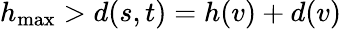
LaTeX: h_{\mathrm{max}}>d(s,t)=h(v)+d(v)